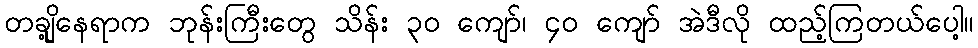
တချို့နေရာက ဘုန်းကြီးတွေ သိန်း ၃၀ ကျော်၊ ၄၀ ကျော် အဲဒီလို ထည့်ကြတယ်ပေါ့။